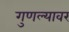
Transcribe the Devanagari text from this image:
गुणल्यावर